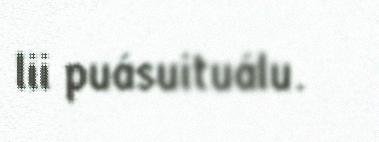
lii puásuituálu.